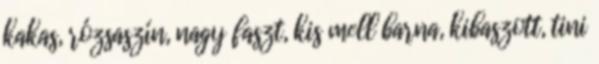
kakas, rózsaszín, nagy faszt, kis mell barna, kibaszott, tini